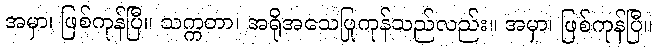
အမှာ၊ ဖြစ်ကုန်ပြီ။ သက္ကတာ၊ အရိုအသေပြုကုန်သည်လည်း။ အမှာ၊ ဖြစ်ကုန်ပြီ။